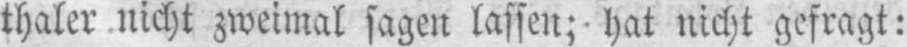
thaler nicht zweimal sagen lassen; hat nicht gefragt: